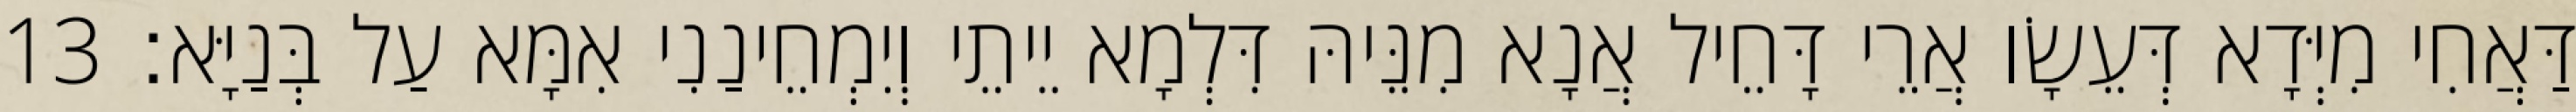
דַּאֲחִי מִיְּדָא דְּעֵשָׂו אֲרֵי דָּחֵיל אֲנָא מִנֵּיהּ דִּלְמָא יֵיתֵי וְיִמְחֵינַנִי אִמָּא עַל בְּנַיָּא׃ 13